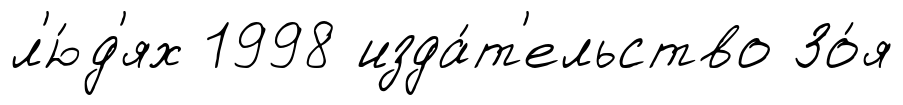
л'ю́д'ях 1998 изда́т'ельство Зо́я